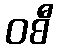
ဝစီ